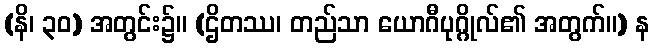
(နိ၊ ၃၀) အတွင်း၌။ (ဌိတဿ၊ တည်သာ ယောဂီပုဂ္ဂိုလ်၏ အတွက်။) န